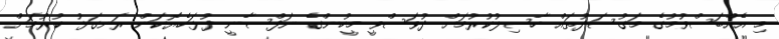
މި އެއްބަސްވުމުގެ މަގުސަދުތައް ހާސިލުކުރުމަށް ދުވަސްވީ މީހުންގެ ނަފްސާނީ ދުޅަހެޔޮކަން ރަނގަޅު ކުރުމަށް